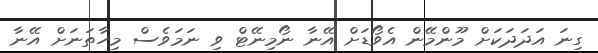
ގިނަ އަދަދަކަށް މޫންމޭން އެވޯޑަށް އޭނާ ނޯމިނޭޓް ވި ނަމަވެސް މިހާތަނަށް އޭނާ